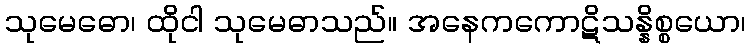
သုမေဓော၊ ထိုငါ သုမေဓာသည်။ အနေကကောဋိသန္နိစ္စယော၊